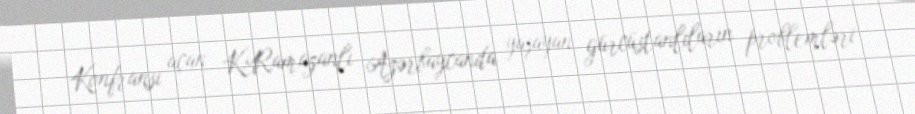
Konfransı açan K.Ramazanlı Azərbaycanda yaşayan gürcüstanlıların problemləri